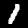
Label: 1